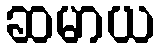
ဆမာယ